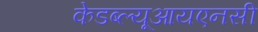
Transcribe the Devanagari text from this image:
केडब्ल्यूआयएनसी